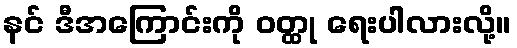
နင် ဒီအကြောင်းကို ဝတ္ထု ရေးပါလားလို့။